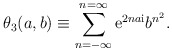
\begin{align*}\theta_3 (a,b) \equiv \sum_{n=-\infty}^{n=\infty} {{\mathrm{e}} }^{2 n a{\mathrm{i}}} b^{n^2}. \end{align*}